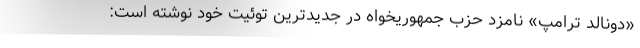
«دونالد ترامپ» نامزد حزب جمهوریخواه در جدیدترین توئیت خود نوشته است: